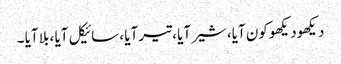
دیکھودیکھو کون آیا، شیر آیا ، تیر آیا ، سائیکل آیا ، بلا آیا ۔